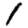
Digit: 1